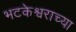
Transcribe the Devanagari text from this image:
भटकेश्वराच्या